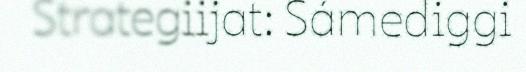
Strategiijat: Sámediggi